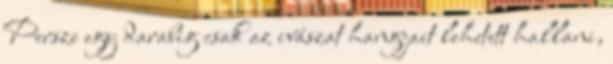
Persze egy darabig csak az ivászat hangjait lehetett hallani,